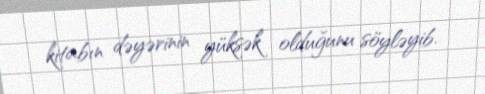
kitabın dəyərinin yüksək olduğunu söyləyib.